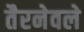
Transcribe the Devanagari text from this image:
तैरनेवले